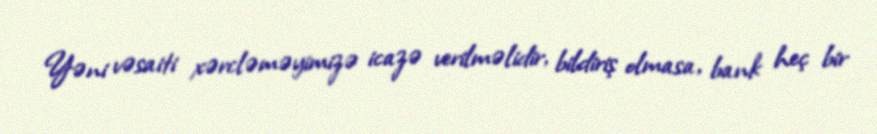
Yəni vəsaiti xərcləməyimizə icazə verilməlidir, bildiriş olmasa, bank heç bir